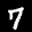
Label: 7